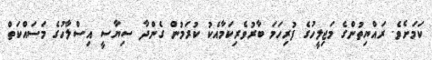
ކަމަށެވެ. ރައްޔިތުންގެ މަޖިލީހުގެ ފުރިހަމަ ބާރުވެރިކަމާއެކު ކުރަމުން ގެންދާ ސިޔާސީ އިސްލާހުގެ މަސައްކަތް